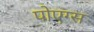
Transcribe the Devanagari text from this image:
पोएग्स